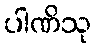
ပါဏိသု